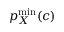
p _ { X } ^ { \mathrm { m i n } } ( c )